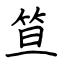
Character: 笪